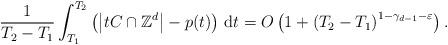
LaTeX: \begin{align*}\frac{1}{T_2-T_1} \int_{T_1}^{T_2} \left( \left| tC \cap \mathbb{Z}^d \right| - p(t) \right) \, \mathrm{d}t = O \left( 1+ \left( T_2 - T_1 \right)^{1 - \gamma_{d-1}- \varepsilon} \right) .\end{align*}